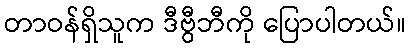
တာဝန်ရှိသူက ဒီဗွီဘီကို ပြောပါတယ်။